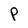
Character: P